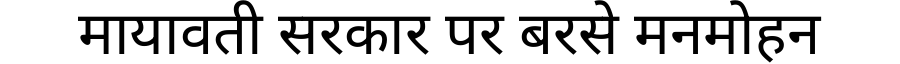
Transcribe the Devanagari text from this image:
मायावती सरकार पर बरसे मनमोहन